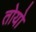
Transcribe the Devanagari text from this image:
तोयो